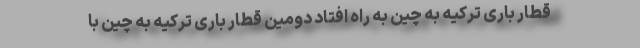
قطار باری ترکیه به چین به راه افتاد دومین قطار باری ترکیه به چین با